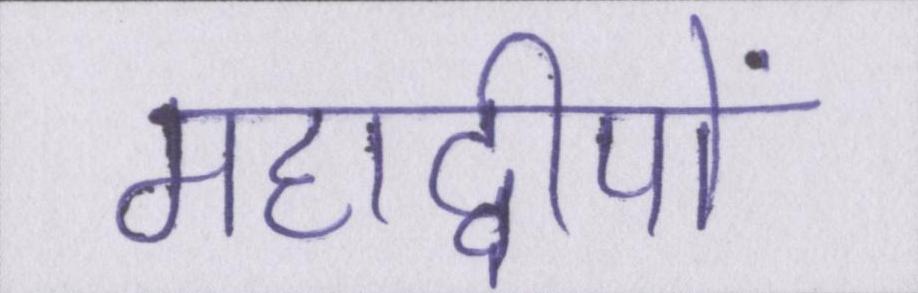
महाद्वीपों